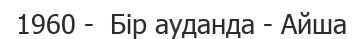
1960 -  Бір ауданда - Айша